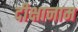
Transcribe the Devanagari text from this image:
दीक्षानाम